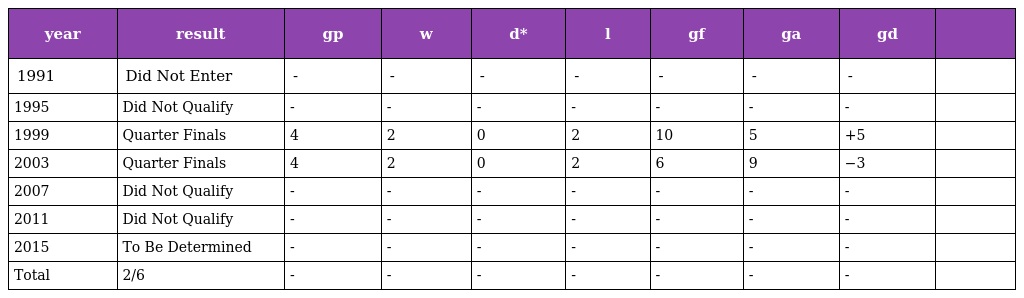
| year | result | gp | w | d* | l | gf | ga | gd |  |
 | --- | --- | --- | --- | --- | --- | --- | --- | --- | --- |
 | 1991 | Did Not Enter | - | - | - | - | - | - | - |  |
 | 1995 | Did Not Qualify | - | - | - | - | - | - | - |  |
 | 1999 | Quarter Finals | 4 | 2 | 0 | 2 | 10 | 5 | +5 |  |
 | 2003 | Quarter Finals | 4 | 2 | 0 | 2 | 6 | 9 | −3 |  |
 | 2007 | Did Not Qualify | - | - | - | - | - | - | - |  |
 | 2011 | Did Not Qualify | - | - | - | - | - | - | - |  |
 | 2015 | To Be Determined | - | - | - | - | - | - | - |  |
 | Total | 2/6 | - | - | - | - | - | - | - |  |